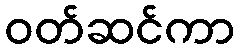
ဝတ်ဆင်ကာ